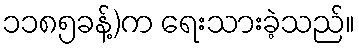
၁၁၈၅ခန့်)က ရေးသားခဲ့သည်။